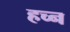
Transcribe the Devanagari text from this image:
हच्न